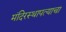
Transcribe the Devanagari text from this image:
मंदिरस्थापत्याचा